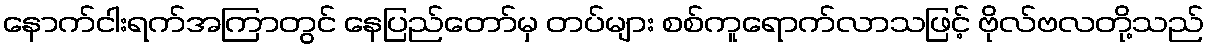
နောက်ငါးရက်အကြာတွင် နေပြည်တော်မှ တပ်များ စစ်ကူရောက်လာသဖြင့် ဗိုလ်ဗလတို့သည်